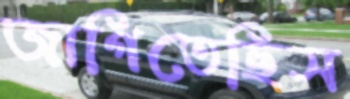
জাগিতেছিস